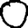
Digit: 0